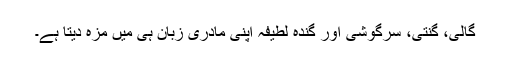
گالی، گنتی، سرگوشی اور گندہ لطیفہ اپنی مادری زبان ہی میں مزہ دیتا ہے۔